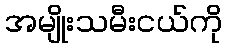
အမျိုးသမီးငယ်ကို